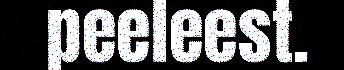
peeleest.